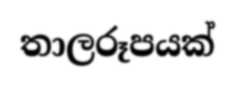
තාලරූපයක්